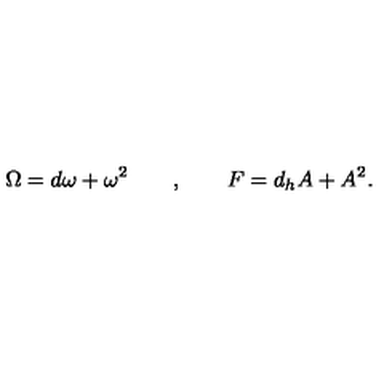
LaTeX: \Omega = d \omega + \omega ^ { 2 } \quad \quad , \quad \quad F = d _ { h } A + A ^ { 2 } .